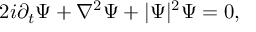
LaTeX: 2 i \partial _ { t } \Psi + \nabla ^ { 2 } \Psi + | \Psi | ^ { 2 } \Psi = 0 ,